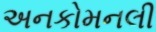
અનકોમનલી